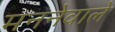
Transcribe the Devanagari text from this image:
मननेवाले